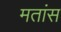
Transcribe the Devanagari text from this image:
मतांस